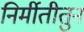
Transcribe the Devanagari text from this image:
निर्मीतीतुन